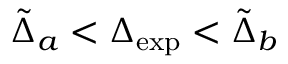
\tilde { \Delta } _ { a } < \Delta _ { \mathrm { e x p } } < \tilde { \Delta } _ { b }